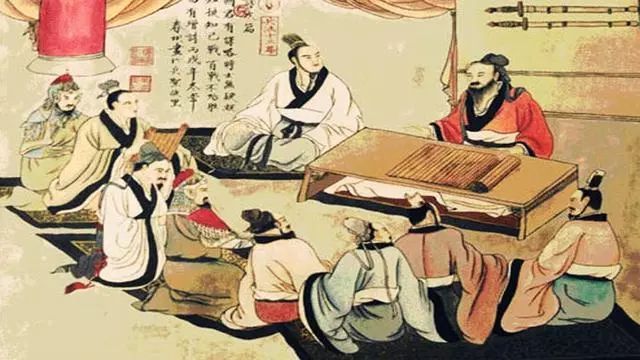
善守者藏于九地之下，善攻者动于九天之上。